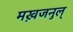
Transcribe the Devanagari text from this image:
मख़जनुल्